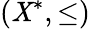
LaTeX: (\mathit{X}^{*},\leq)